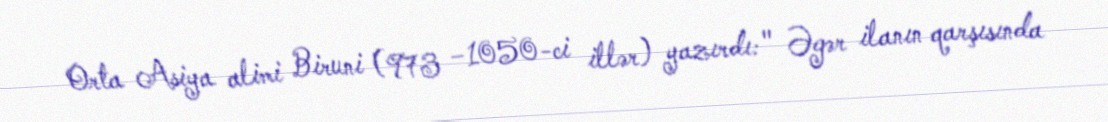
Orta Asiya alimi Biruni (973 −1050-ci illər) yazırdı: " Əgər ilanın qarşısında